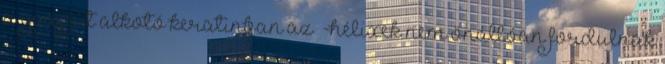
a gyapjút alkotó keratinban az α-hélixek nem önállóan fordulnak